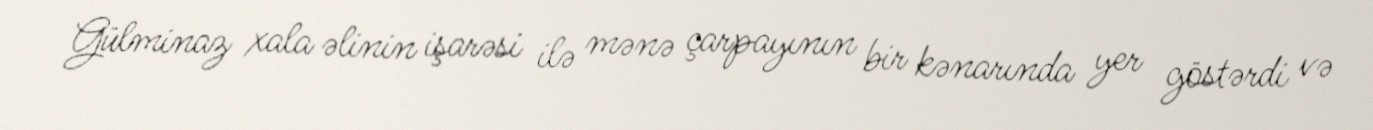
Gülminaz xala əlinin işarəsi ilə mənə çarpayının bir kənarında yer göstərdi və